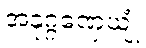
အနုဂ္ဂဏှေယျုံ